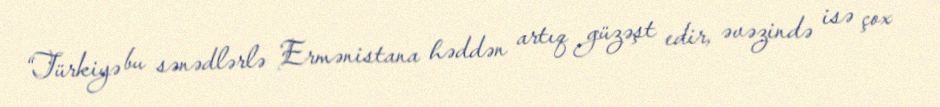
“Türkiyə bu sənədlərlə Ermənistana həddən artıq güzəşt edir, əvəzində isə çox